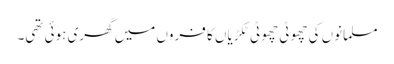
مسلمانوں کی چھوٹی چھوٹی ٹکڑیاں کا فروں میں گھری ہوئی تھی۔